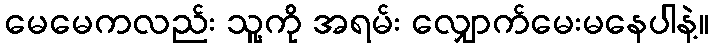
မေမေကလည်း သူ့ကို အရမ်း လျှောက်မေးမနေပါနဲ့။